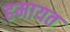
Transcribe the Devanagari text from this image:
हमायत